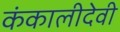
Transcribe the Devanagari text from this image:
कंकालीदेवी